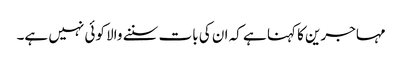
مہاجرین کا کہنا ہے کہ ان کی بات سننے والا کوئی نہیں ہے۔